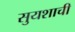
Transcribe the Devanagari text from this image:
सुयशाची